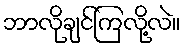
ဘာလိုချင်ကြလို့လဲ။